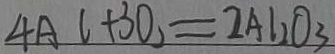
4 A l + 3 O _ { 2 } = 2 A l _ { 2 } O _ { 3 }